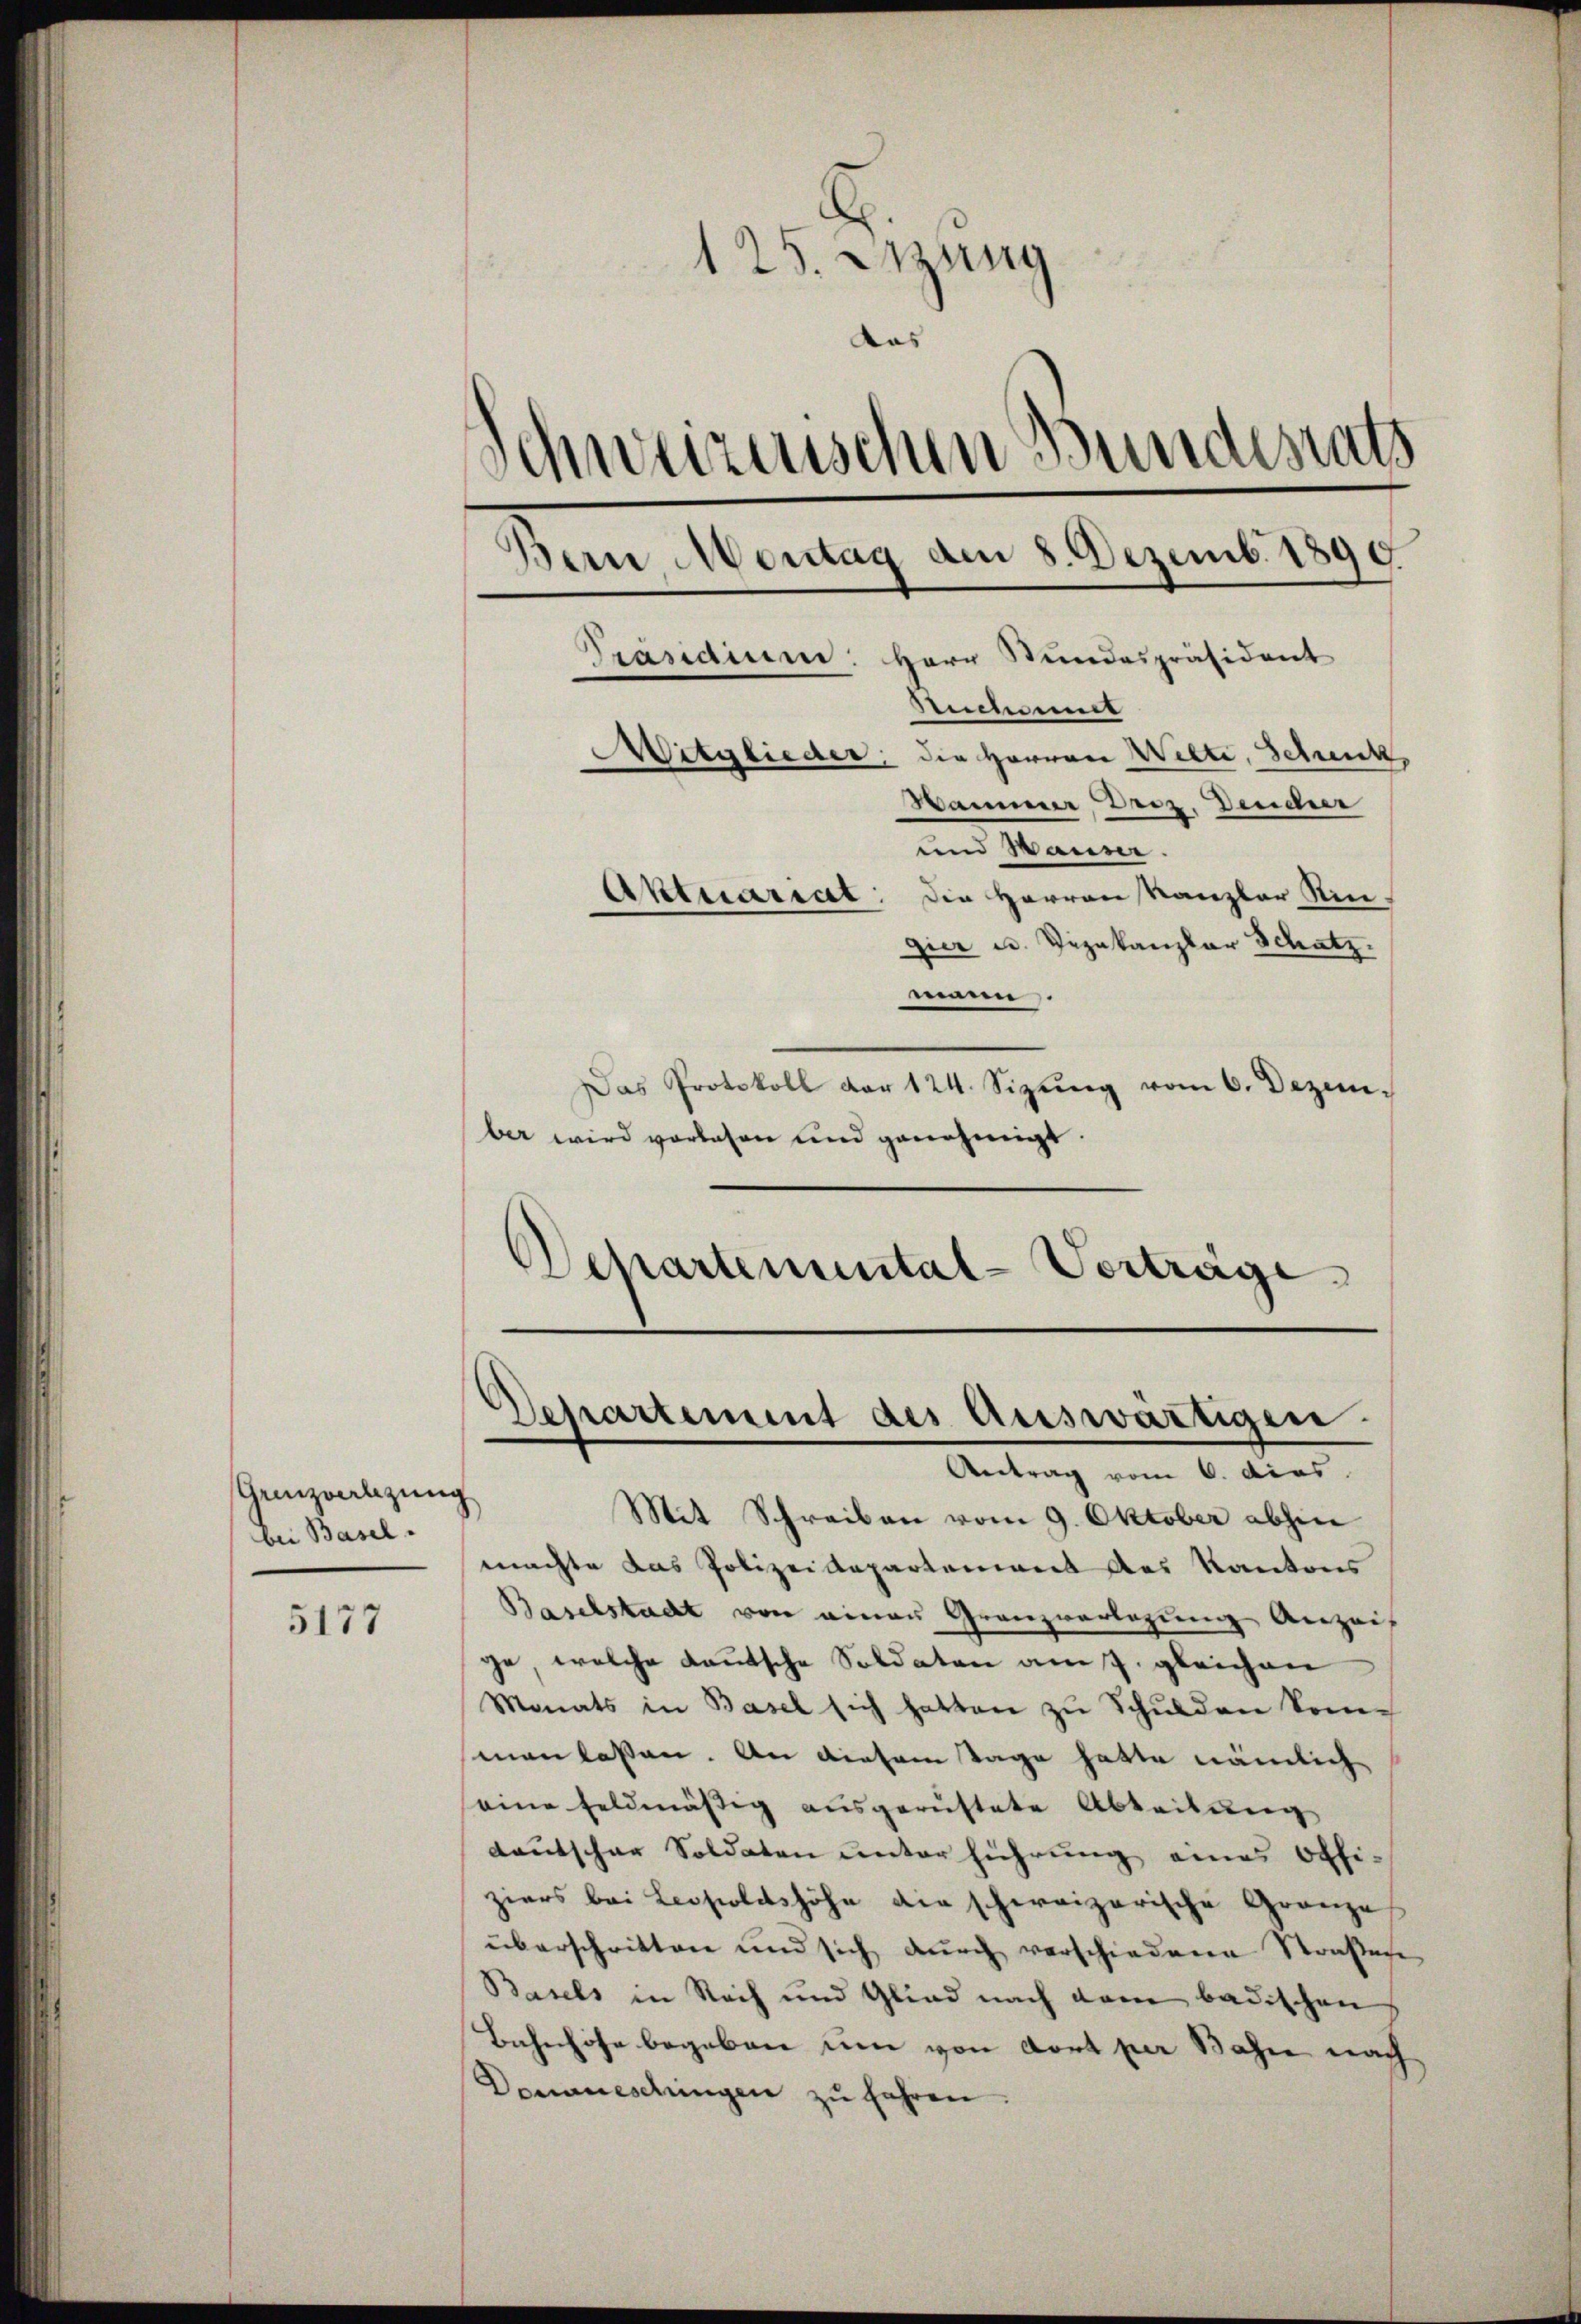
Geizoelzung
bei Basel.

5177

125. Sitzung
Das
Schweizenschen Bundesrats
Bern Montag den 8. Dezemb. 1890
Präsidium. Herr Stundespräsident
Suchenmit
Mitglieder; die Herren Welti, Schenk
Hammer Droz. Deucher
und Mann.
Aktuariat: Die Herren Kanzler Singier u. Vezakanzlar Schatz.
mann.

Das Protokoll der 124. Sizŭng vom 6. Dezem-
ber wird vorlesen und genehmigt.
Departemental-Verträge

Departement des Auswärtigen.
Antrag vom 6. dies

Mit Schreiben vom 9. Oktober abhin
machte das Polizeidepartement des Kantons
Baselstadt von einen Granzverlegung Anzei
ge, welche Lautsche Soldaten am 7. gleichen
Monats in Basel sich hatten zu Schulden komman lassen. An diesem Tage hatte nämlich
eine Feldmäßig ausgerüstete Ableitung
dautschar Soldaten unterführung eines Offi-
ziers bei Leopoldshöhe die schweizerische Gränze
überschritten und sich durch verschiedene Straßen
Basels in Nach und Glied nach dem badischen
Bahnhöfe begeben um von dort per Bahre nach
Domuneschingen zu fahren.